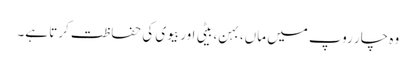
وہ چار روپ میں ماں، بہن، بیٹی اور بیوی کی حفاظت کرتا ہے۔